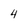
Character: 4